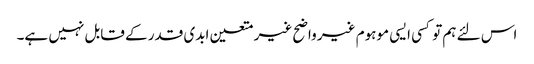
اس لئے ہم تو کسی ایسی موہوم غیر واضح غیر متعین ابدی قدر کے قابل نہیں ہے۔